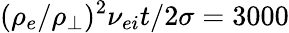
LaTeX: (\rho_{e}/\rho_{\perp})^{2}\nu_{ei}t/2\sigma=3000